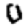
Digit: 0